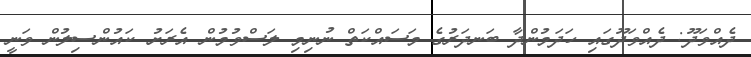
ދެއްވަދޫ: ދެއްވަދޫގައި ހަދަމުންދާ ބަނދަރުގެ މަސައްކަތް ނުނިމި ލަސްވުމުން އެރަށު ކައުންސިލުން ވަނީ